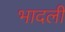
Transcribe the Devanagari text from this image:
भादली